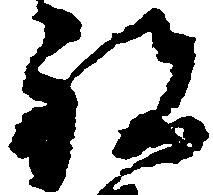
祝